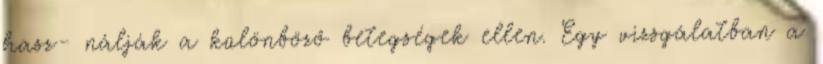
hasz- nálják a különböző betegségek ellen. Egy vizsgálatban a